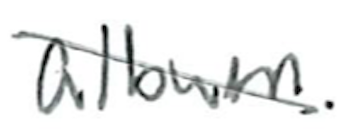
Text: album.
Cross-out: diagonal
Writing tool: ballpoint